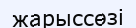
жарыссөзі